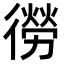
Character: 𭜃